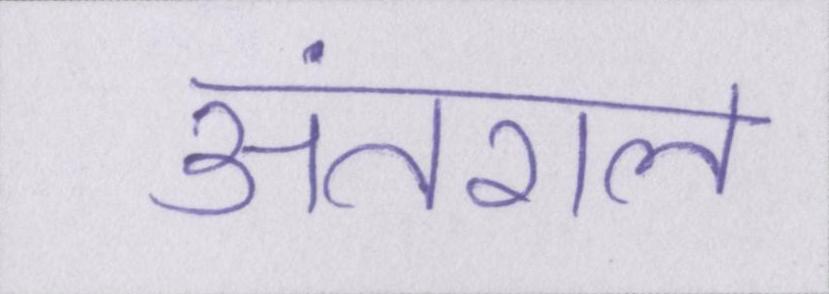
अंतराल